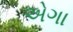
એગા